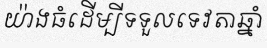
យ៉ាងធំដើម្បីទទួលទេវតាឆ្នាំ